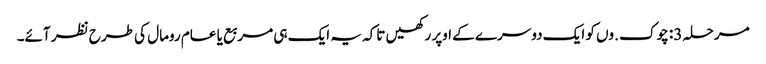
مرحلہ 3: چوک .وں کو ایک دوسرے کے اوپر رکھیں تاکہ یہ ایک ہی مربع یا عام رومال کی طرح نظر آئے۔